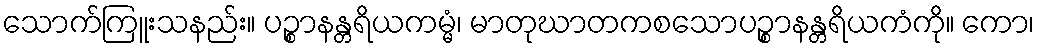
သောက်ကြူးသနည်း။ ပဉ္စာနန္တရိယကမ္မံ၊ မာတုဃာတကစသောပဉ္စာနန္တရိယကံကို။ ကော၊